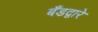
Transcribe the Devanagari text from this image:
बँडद्वारे